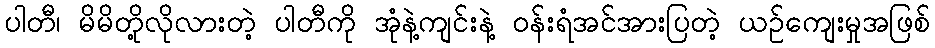
ပါတီ၊ မိမိတို့လိုလားတဲ့ ပါတီကို အုံနဲ့ကျင်းနဲ့ ဝန်းရံအင်အားပြတဲ့ ယဉ်ကျေးမှုအဖြစ်